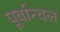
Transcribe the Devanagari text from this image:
पूर्वान्चल